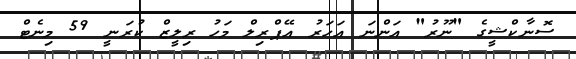
ސޮނާކްޝީގެ "ނޫރު" އަންނަ އަހަރު އޭޕްރިލް މަހު ރިލީޒް ކުރަނީ 59 މިނެޓް